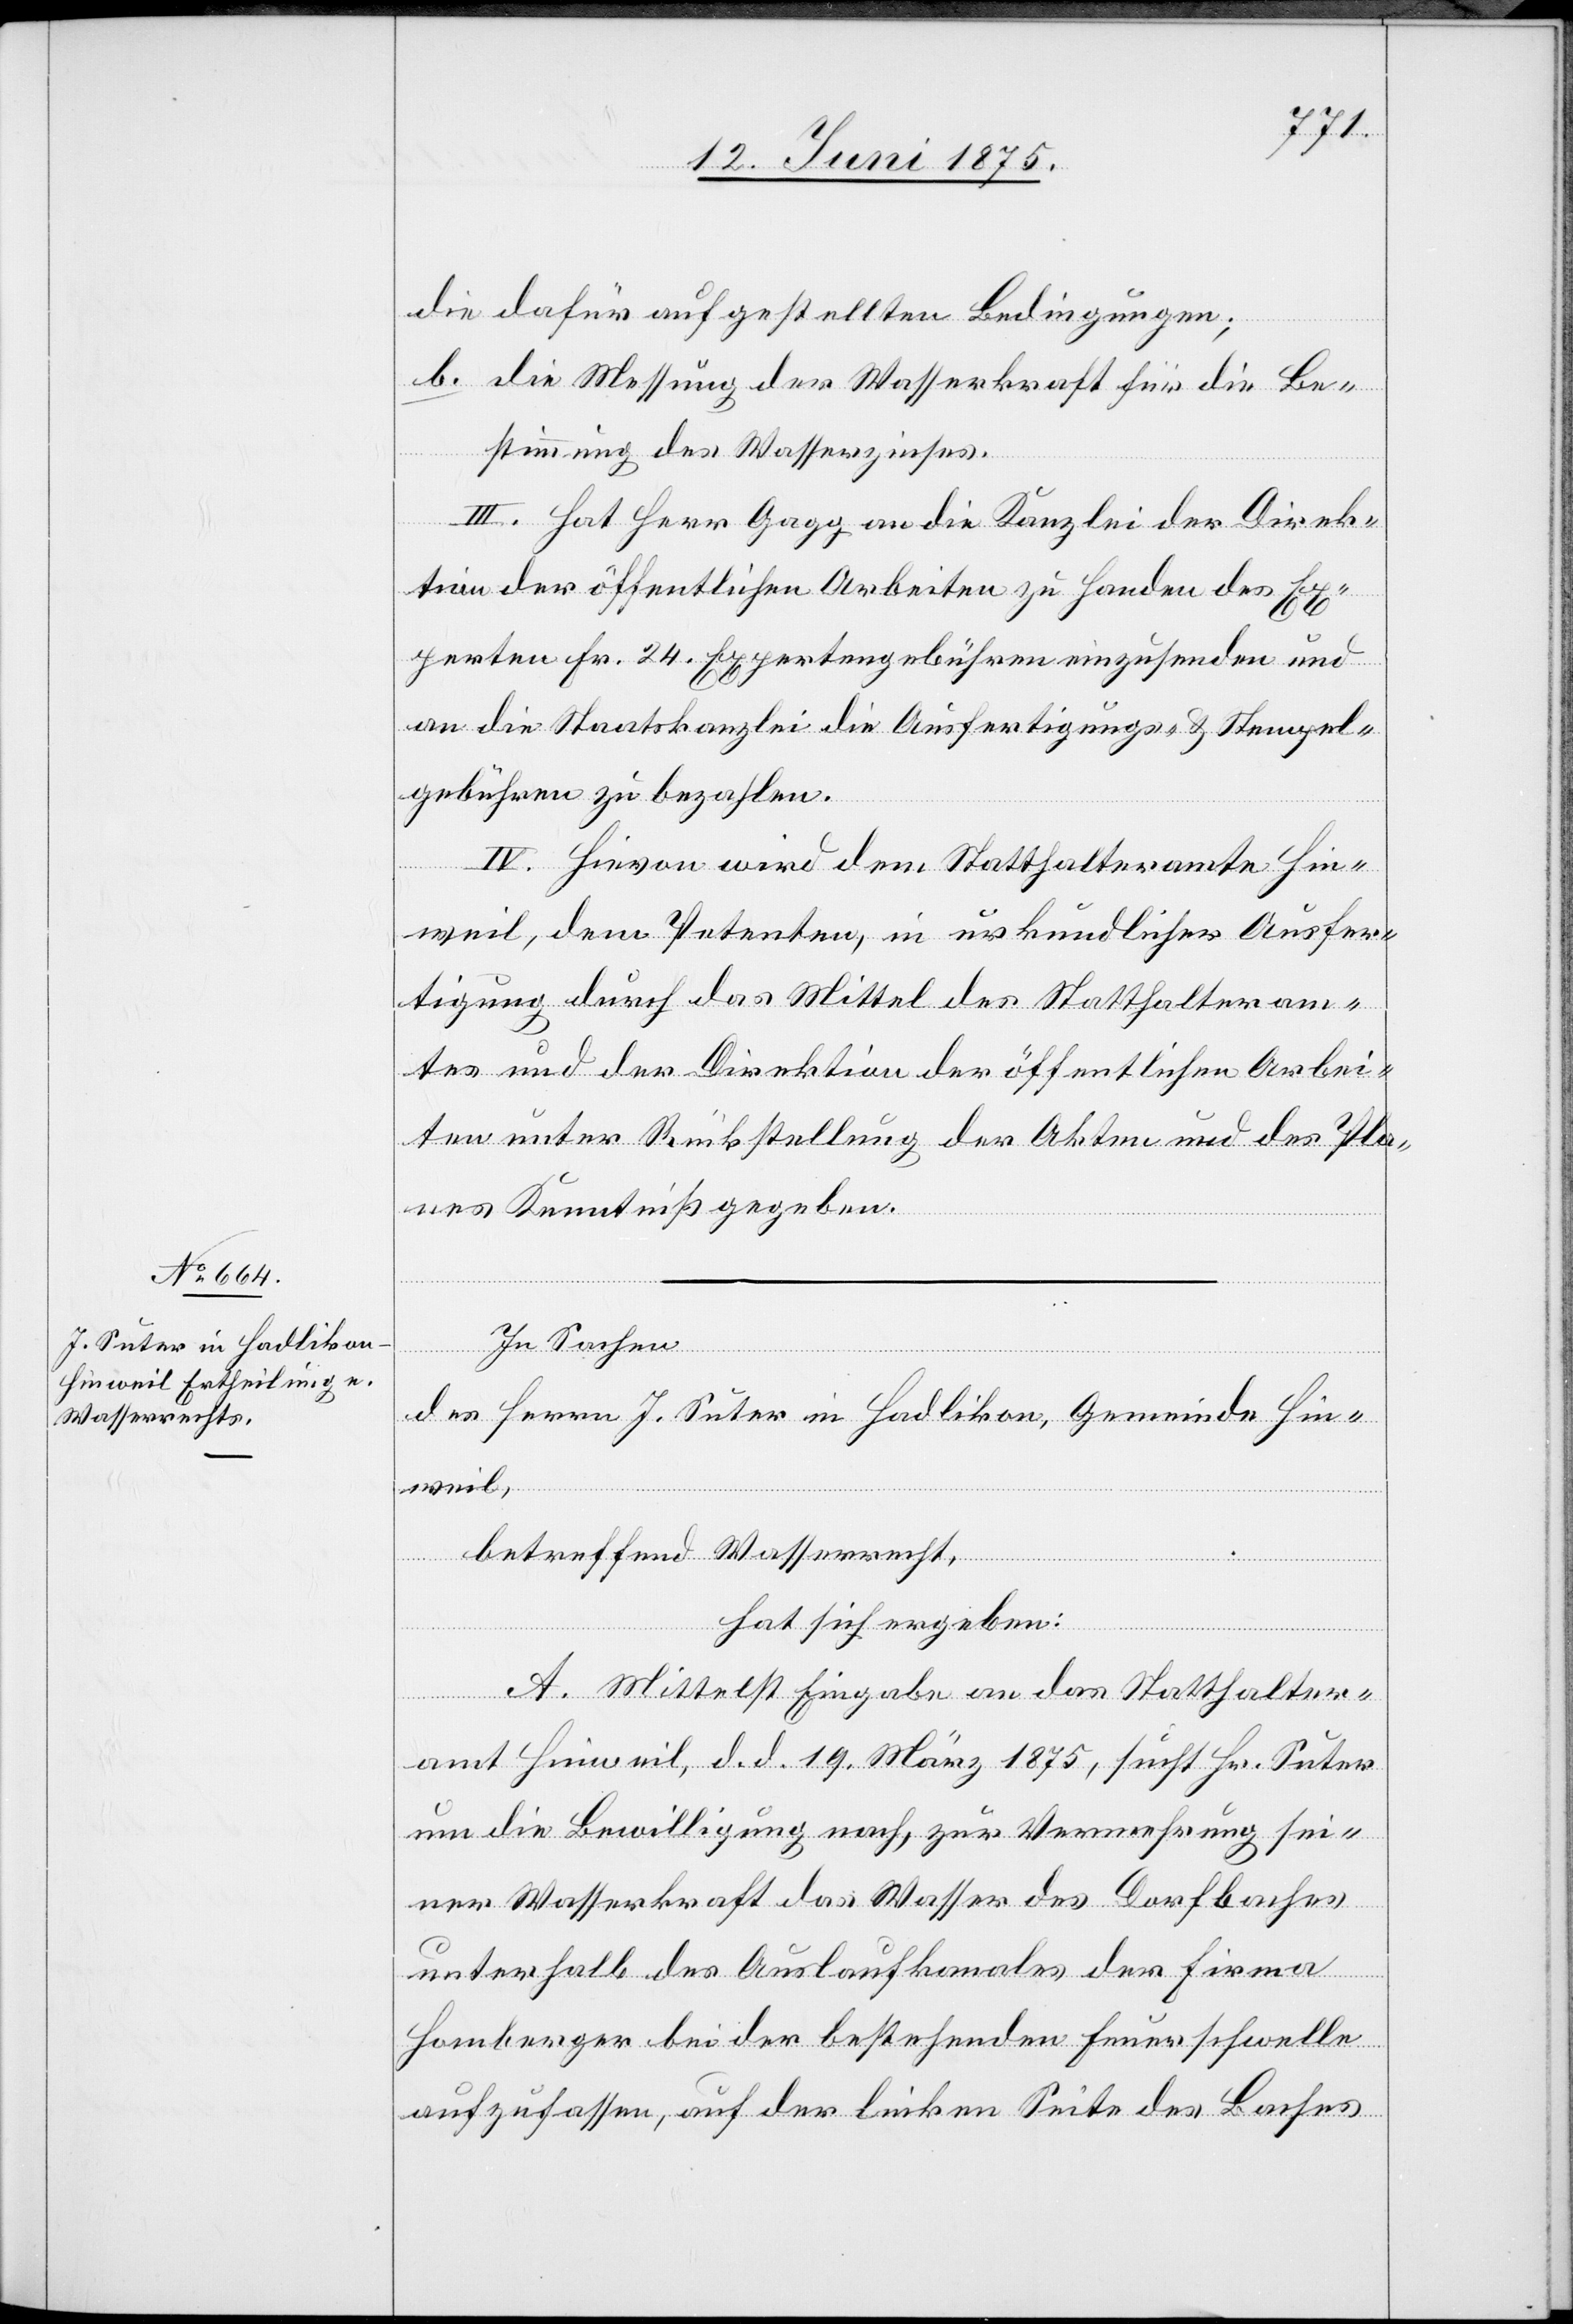
die dafür aufgestellten Bedingungen;
b. die Messung der Wasserkraft für die Be¬
stimmung des Wasserzinses.
III. Hat Herr Gagg an die Kanzlei der Direk¬
tion der öffentlichen Arbeiten zu Handen des Ex¬
perten Fr. 24. Expertengebühren einzusenden und
an die Staatskanzlei die Ausfertigungs- & Stempel¬
gebühren zu bezahlen.
IV. Hievon wird dem Statthalteramte Hin¬
weil, dem Petenten, in urkundlicher Ausfer¬
tigung durch das Mittel des Statthalteram¬
tes und der Direktion der öffentlichen Arbei¬
ten unter Rückstellung der Akten und des Pla¬
nes Kenntniß gegeben.
In Sachen
des Herrn J. Suter in Hadlikon, Gemeinde Hin¬
weil,
betreffend Wasserrecht,
hat sich ergeben:
A. Mittelst Eingabe an das Statthalter¬
amt Hinweil, d. d. 19. März 1875, sucht Hr. Suter
um die Bewilligung nach, zur Vermehrung sei¬
ner Wasserkraft das Wasser des Dorfbaches
unterhalb des Auslaufkanals der Firma
Homberger bei der bestehenden Feuerschwelle
aufzufassen, auf der linken Seite des Baches